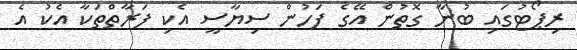
ރިޕޯޓުގައި ބުނާ ގޮތުން އޭގެ ފަހުން ސިޔާސީ އެކި ފަރާތްތަކާ އެކު އެ